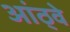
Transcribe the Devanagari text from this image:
आंठ्वे